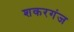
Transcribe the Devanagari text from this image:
शकरगंज